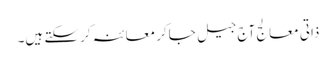
ذاتی معالج آج جیل جاکر معائنہ کرسکتے ہیں۔